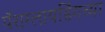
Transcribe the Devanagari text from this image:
पॅराग्लायडिंगच्या